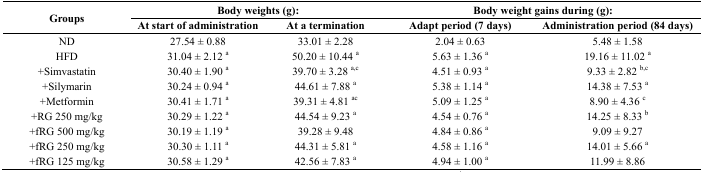
| <ROWSPAN=2> Groups | <COLSPAN=2> Body weights (g): | <COLSPAN=2> Body weight gains during (g): |
 | At start of administration | At a termination | Adapt period (7 days) | Administration period (84 days) |
 | --- | --- | --- | --- | --- |
 | ND | 27.54 ± 0.88 | 33.01 ± 2.28 | 2.04 ± 0.63 | 5.48 ± 1.58 |
 | HFD | 31.04 ± 2.12 a | 50.20 ± 10.44 a | 5.63 ± 1.36 a | 19.16 ± 11.02 a |
 | +Simvastatin | 30.40 ± 1.90 a | 39.70 ± 3.28 a,c | 4.51 ± 0.93 a | 9.33 ± 2.82 b,c |
 | +Silymarin | 30.24 ± 0.94 a | 44.61 ± 7.88 a | 5.38 ± 1.14 a | 14.38 ± 7.53 a |
 | +Metformin | 30.41 ± 1.71 a | 39.31 ± 4.81 ac | 5.09 ± 1.25 a | 8.90 ± 4.36 c |
 | +RG 250 mg/kg | 30.29 ± 1.22 a | 44.54 ± 9.23 a | 4.54 ± 0.76 a | 14.25 ± 8.33 b |
 | +fRG 500 mg/kg | 30.19 ± 1.19 a | 39.28 ± 9.48 | 4.84 ± 0.86 a | 9.09 ± 9.27 |
 | +fRG 250 mg/kg | 30.30 ± 1.11 a | 44.31 ± 5.81 a | 4.58 ± 1.16 a | 14.01 ± 5.66 a |
 | +fRG 125 mg/kg | 30.58 ± 1.29 a | 42.56 ± 7.83 a | 4.94 ± 1.00 a | 11.99 ± 8.86 |